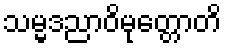
သမ္မဒညာဝိမုတ္တောတိ